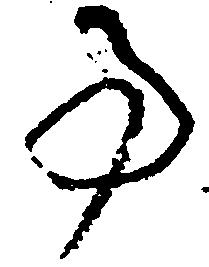
事